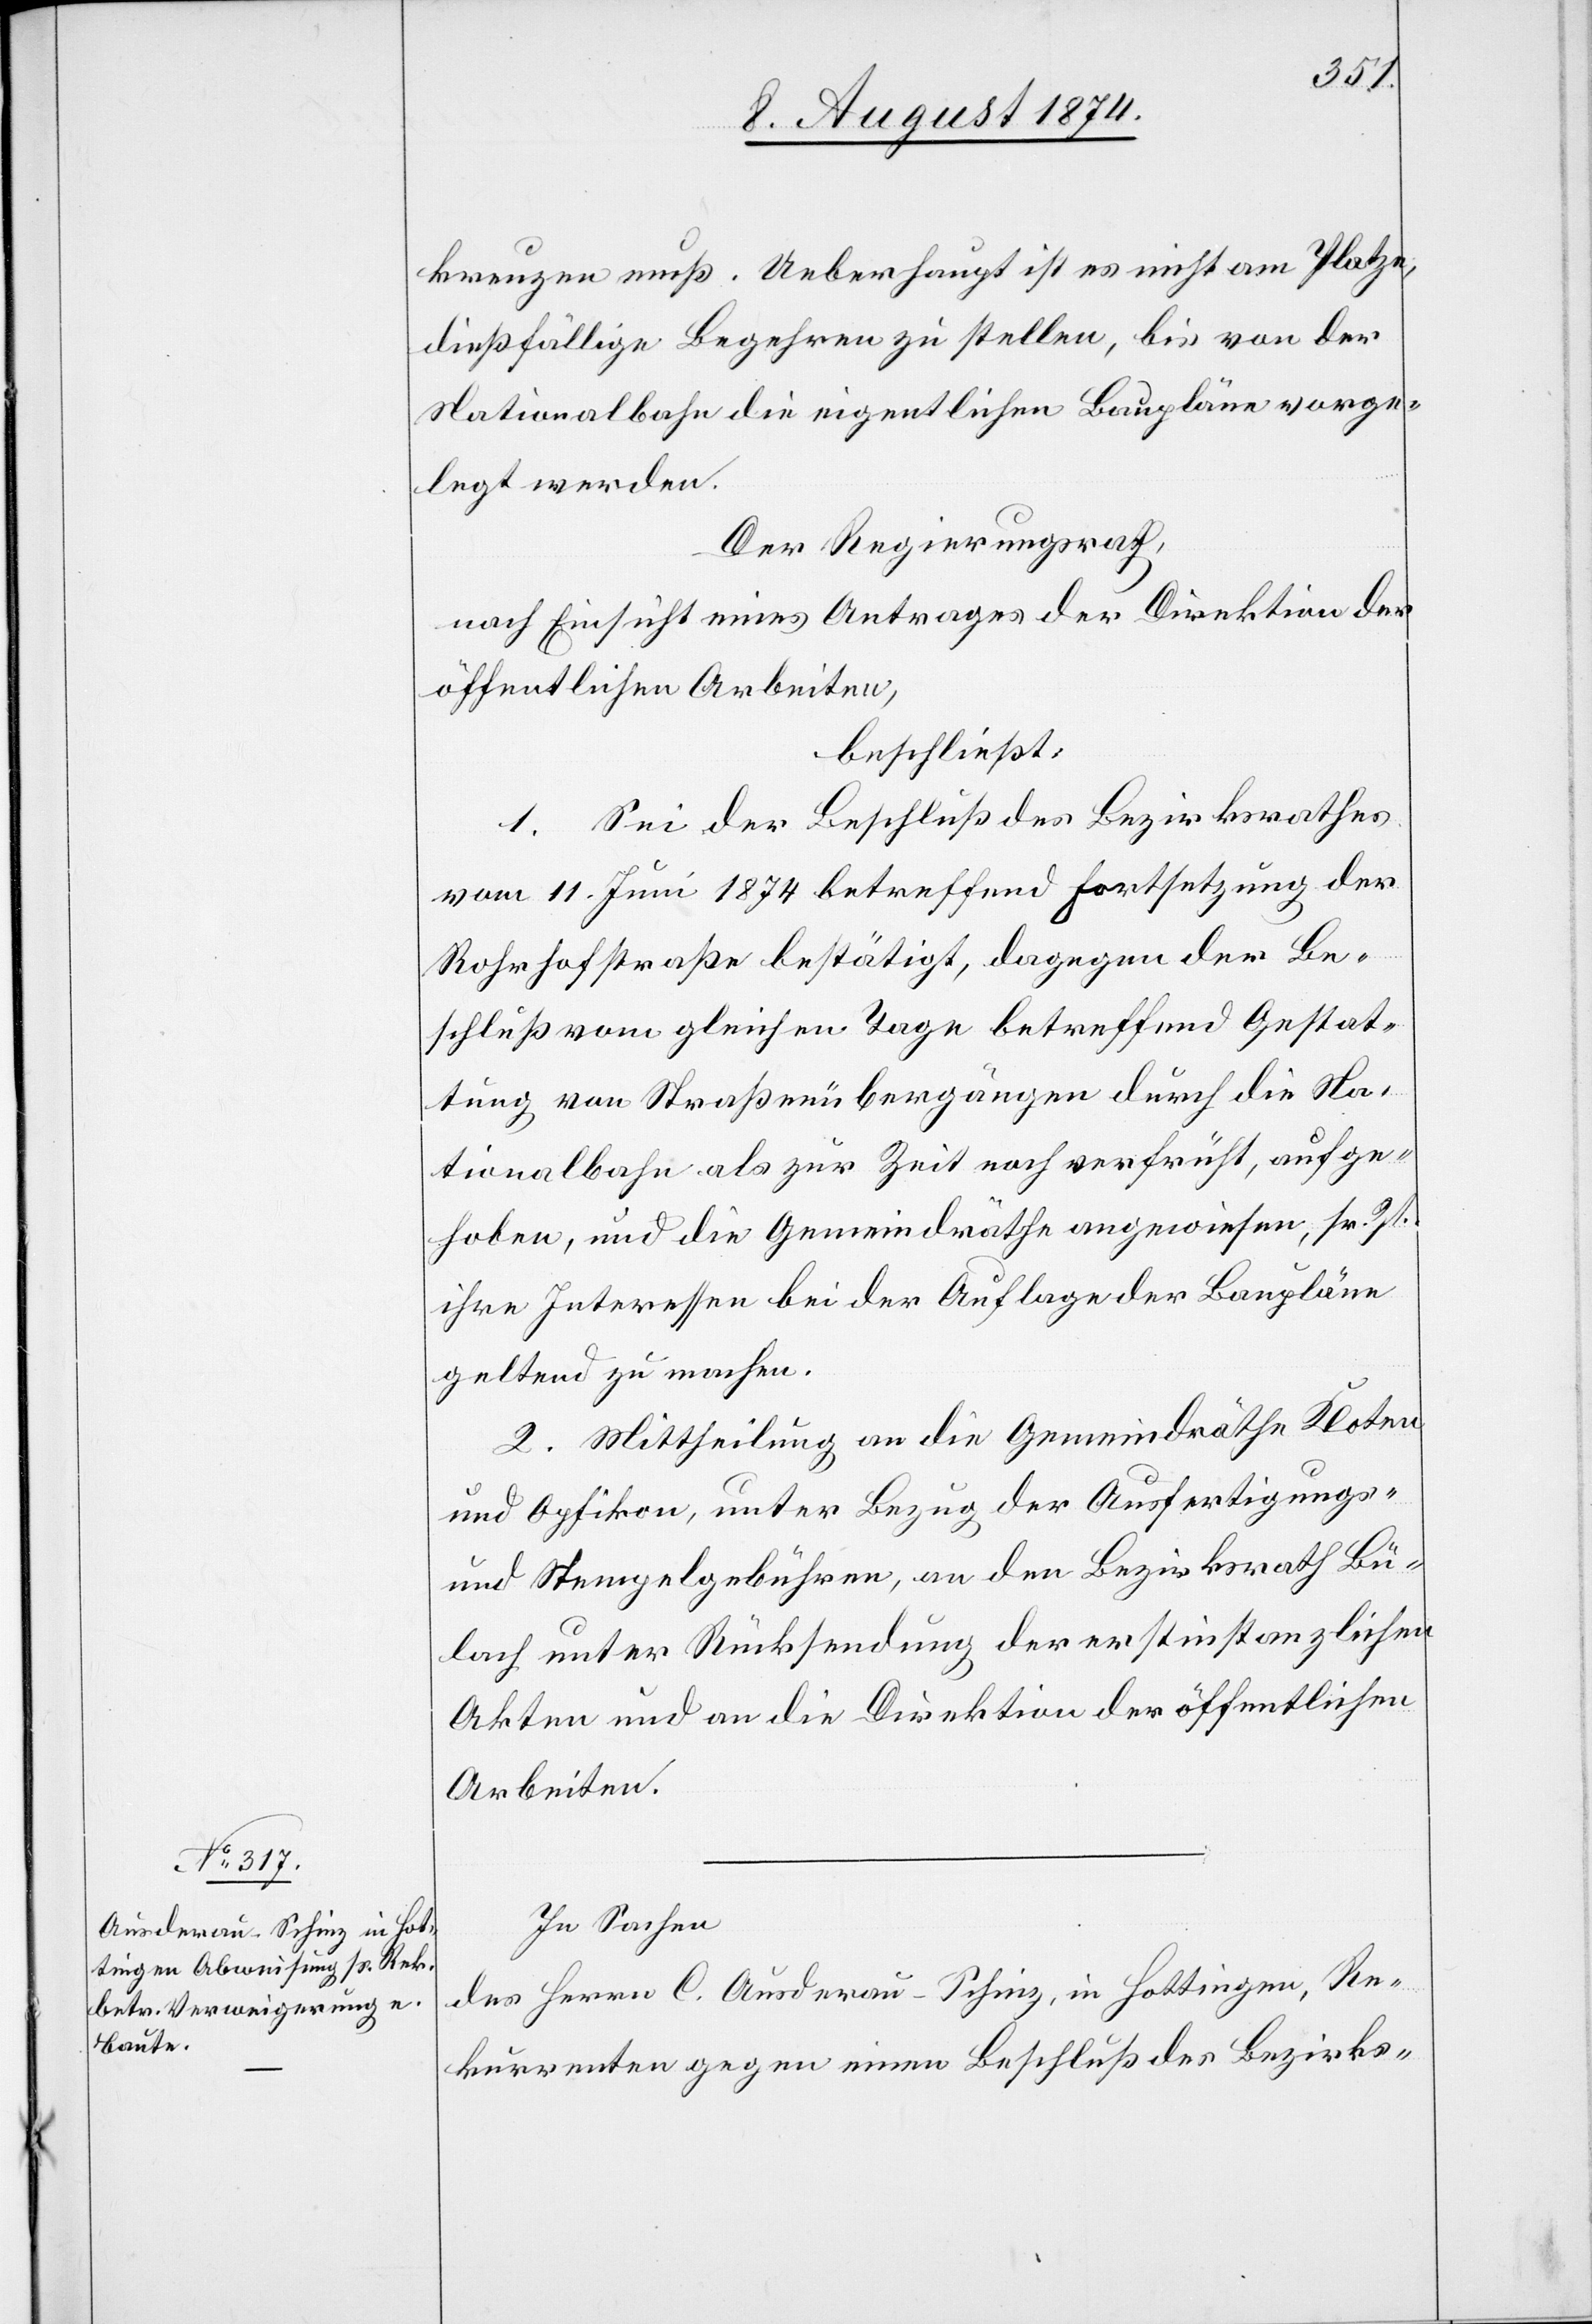
kreuzen muß. Ueberhaupt ist es nicht am Platze,
dießfällige Begehren zu stellen, bis von der
Nationalbahn die eigentlichen Baupläne vorge¬
legt werden.
Der Regierungsrath,
nach Einsicht eines Antrages der Direktion der
öffentlichen Arbeiten,
beschließt:
1. Sei der Beschluß des Bezirksrathes
vom 11. Juni 1874 betreffend Fortsetzung der
Rohrhofstraße bestätigt, dagegen der Be¬
schluß vom gleichen Tage betreffend Gestat¬
tung von Straßenübergängen durch die Na¬
tionalbahn als zur Zeit noch verfrüht, aufge¬
hoben, und die Gemeindräthe angewiesen, sr. Zt.
ihre Interessen bei der Auflage der Baupläne
geltend zu machen.
2. Mittheilung an die Gemeindräthe Kloten
und Opfikon, unter Bezug der Ausfertigungs-
und Stempelgebühren, an den Bezirksrath Bü¬
lach unter Rücksendung der erstinstanzlichen
Akten und an die Direktion der öffentlichen
Arbeiten.
In Sachen
des Herrn C. Ausderau-Schinz, in Hottingen, Re¬
kurrenten gegen einen Beschluß des Bezirks-